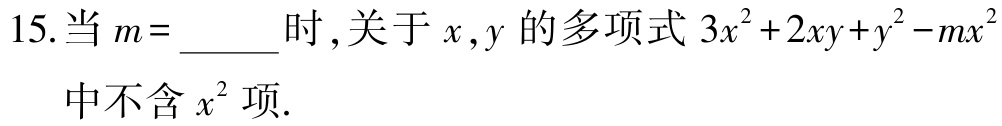
15.当 \(m = \_\_\_\_\) 时，关于 \(x,y\) 的多项式 \(3x^{2}+2xy + y^{2}-mx^{2}\) 中不含 \(x^{2}\) 项.